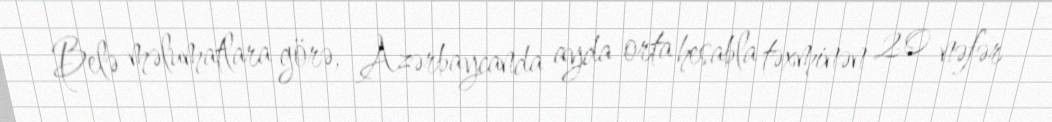
Belə məlumatlara görə, Azərbaycanda ayda orta hesabla təxminən 20 nəfər